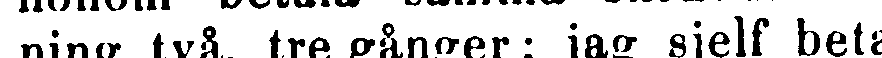
ning två, tre gånger; jag sjelf beta-